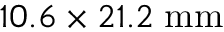
1 0 . 6 \times 2 1 . 2 \; \mathrm { m m }